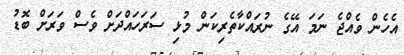
އެހެން ވެއްޖެ ނަމަ އޭގެ ނުރައްކާތެރިކަން މުޅި ސަރަހައްދަށް ވެސް ވަރަށް ބޮޑު